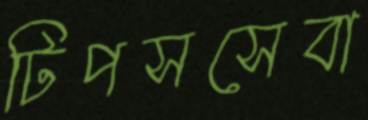
টিপসসেবা